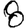
Digit: 8